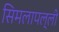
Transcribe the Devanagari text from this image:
सिमलापल्ली